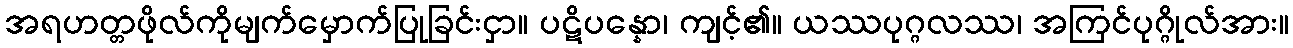
အရဟတ္တဖိုလ်ကိုမျက်မှောက်ပြုခြင်းငှာ။ ပဋိပန္နော၊ ကျင့်၏။ ယဿပုဂ္ဂလဿ၊ အကြင်ပုဂ္ဂိုလ်အား။